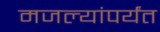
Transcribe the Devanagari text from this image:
मजल्यांपर्यंत